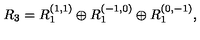
R _ { 3 } = R _ { 1 } ^ { ( 1 , 1 ) } \oplus R _ { 1 } ^ { ( - 1 , 0 ) } \oplus R _ { 1 } ^ { ( 0 , - 1 ) } ,